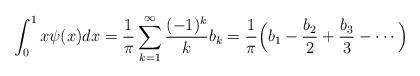
LaTeX: \begin{align*} \int_0^1 x\psi(x) dx=\frac{1}{\pi}\sum_{k=1}^\infty \frac{(-1)^k}{k}b_k= \frac{1}{\pi}\Bigl(b_1-\frac{b_2}{2}+\frac{b_3}{3}-\cdots \Bigr)\end{align*}